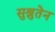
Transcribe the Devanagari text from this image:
सुश्रुतेन